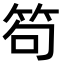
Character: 笱